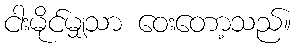
ငါးမိုင်မျှသာ ဝေးတော့သည်။